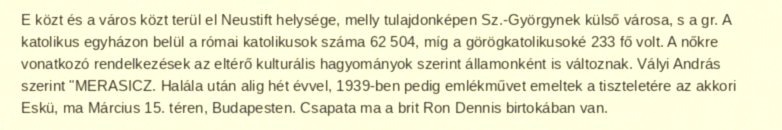
E közt és a város közt terül el Neustift helysége, melly tulajdonképen Sz.-Györgynek külső városa, s a gr. A katolikus egyházon belül a római katolikusok száma 62 504, míg a görögkatolikusoké 233 fő volt. A nőkre vonatkozó rendelkezések az eltérő kulturális hagyományok szerint államonként is változnak. Vályi András szerint "MERASICZ. Halála után alig hét évvel, 1939-ben pedig emlékművet emeltek a tiszteletére az akkori Eskü, ma Március 15. téren, Budapesten. Csapata ma a brit Ron Dennis birtokában van.